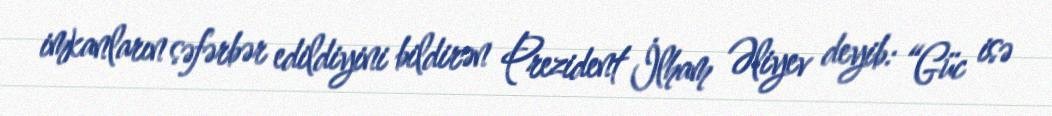
imkanların səfərbər edildiyini bildirən Prezident İlham Əliyev deyib: “Güc isə